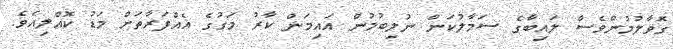
ގޮވާލުމުންވެސް ލައިބާގެ ސަމާލުކަން ނުލިބުމުން އައިމަން ކާރު މަގުގެ އެއްފަރާތަށް މަޑު ކޮއްލިއެވެ.